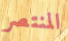
المنتصر